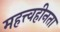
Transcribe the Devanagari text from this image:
महत्त्वहीनता